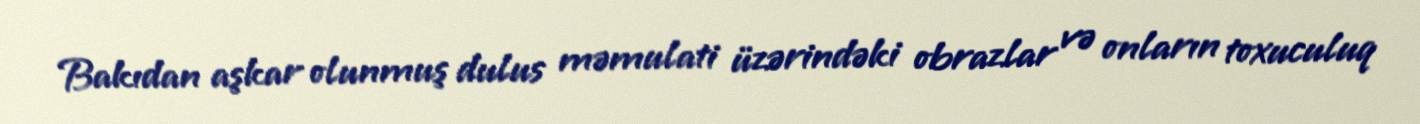
Bakıdan aşkar olunmuş dulus məmulati üzərindəki obrazlar və onların toxuculuq